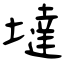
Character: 墶